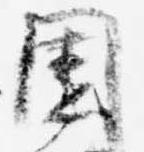
園